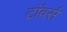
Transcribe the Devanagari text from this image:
टाॅवर्स